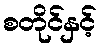
စတိုင်နှင့်